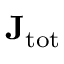
\mathbf { J } _ { \mathrm { { t o t } } }